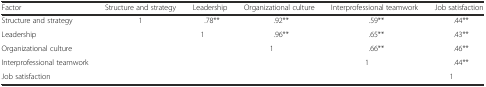
| Factor | Structure and strategy | Leadership | Organizational culture | Interprofessional teamwork | Job satisfaction |
 | --- | --- | --- | --- | --- | --- |
 | Structure and strategy | 1 | .78** | .92** | .59** | .44** |
 | Leadership |  | 1 | .96** | .65** | .43** |
 | Organizational culture |  |  | 1 | .66** | .46** |
 | Interprofessional teamwork |  |  |  | 1 | .44** |
 | Job satisfaction |  |  |  |  | 1 |